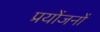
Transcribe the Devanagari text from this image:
प्रयोंजनों